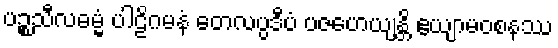
ပဉ္စသီလဓမ္မံ ပါဠိဂမနံ တေလပ္ပဒီပံ ပဇဟေယျန္တိ ဧယျာမဝစနဿ